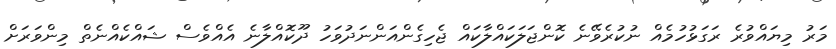
މަރު މިޔައްވުރެ ރަގަޅުހުމެއް ނުކުރެވޭނެ ކޮންޖަލަކައްލާކައް ޖެހިގެންއަންނަދުވަހު ދޫކޮއްލާނެ އެއްވެސް ޝައްކެއްނެތް މިންވަރަށް